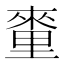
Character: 𨤭